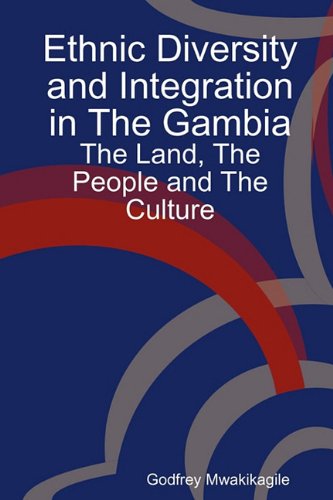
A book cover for Ethnic Diversity and Integration in the Gambia: The Land, the People and the Culture; Godfrey Mwakikagile; Travel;